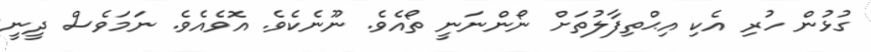
ގުޅުން ހުރި އެކި އިޙްތިފާލުތަށް ނޯންނަނީ ތޯއެވެ. ނޫނެކެވެ. އޮވެއެވެ. ނަމަވެސް ދީނީ